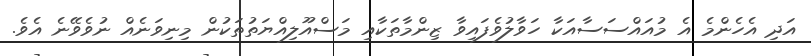
އަދި އެހެންމެ އެ މުއައްސަސާއަކާ ހަވާލުވެފައިވާ ޒިންމާތަކާއި މަސްއޫލިއްޔަތުތަކުން މިނިވަނެއް ނުވެވޭނެ އެވެ.